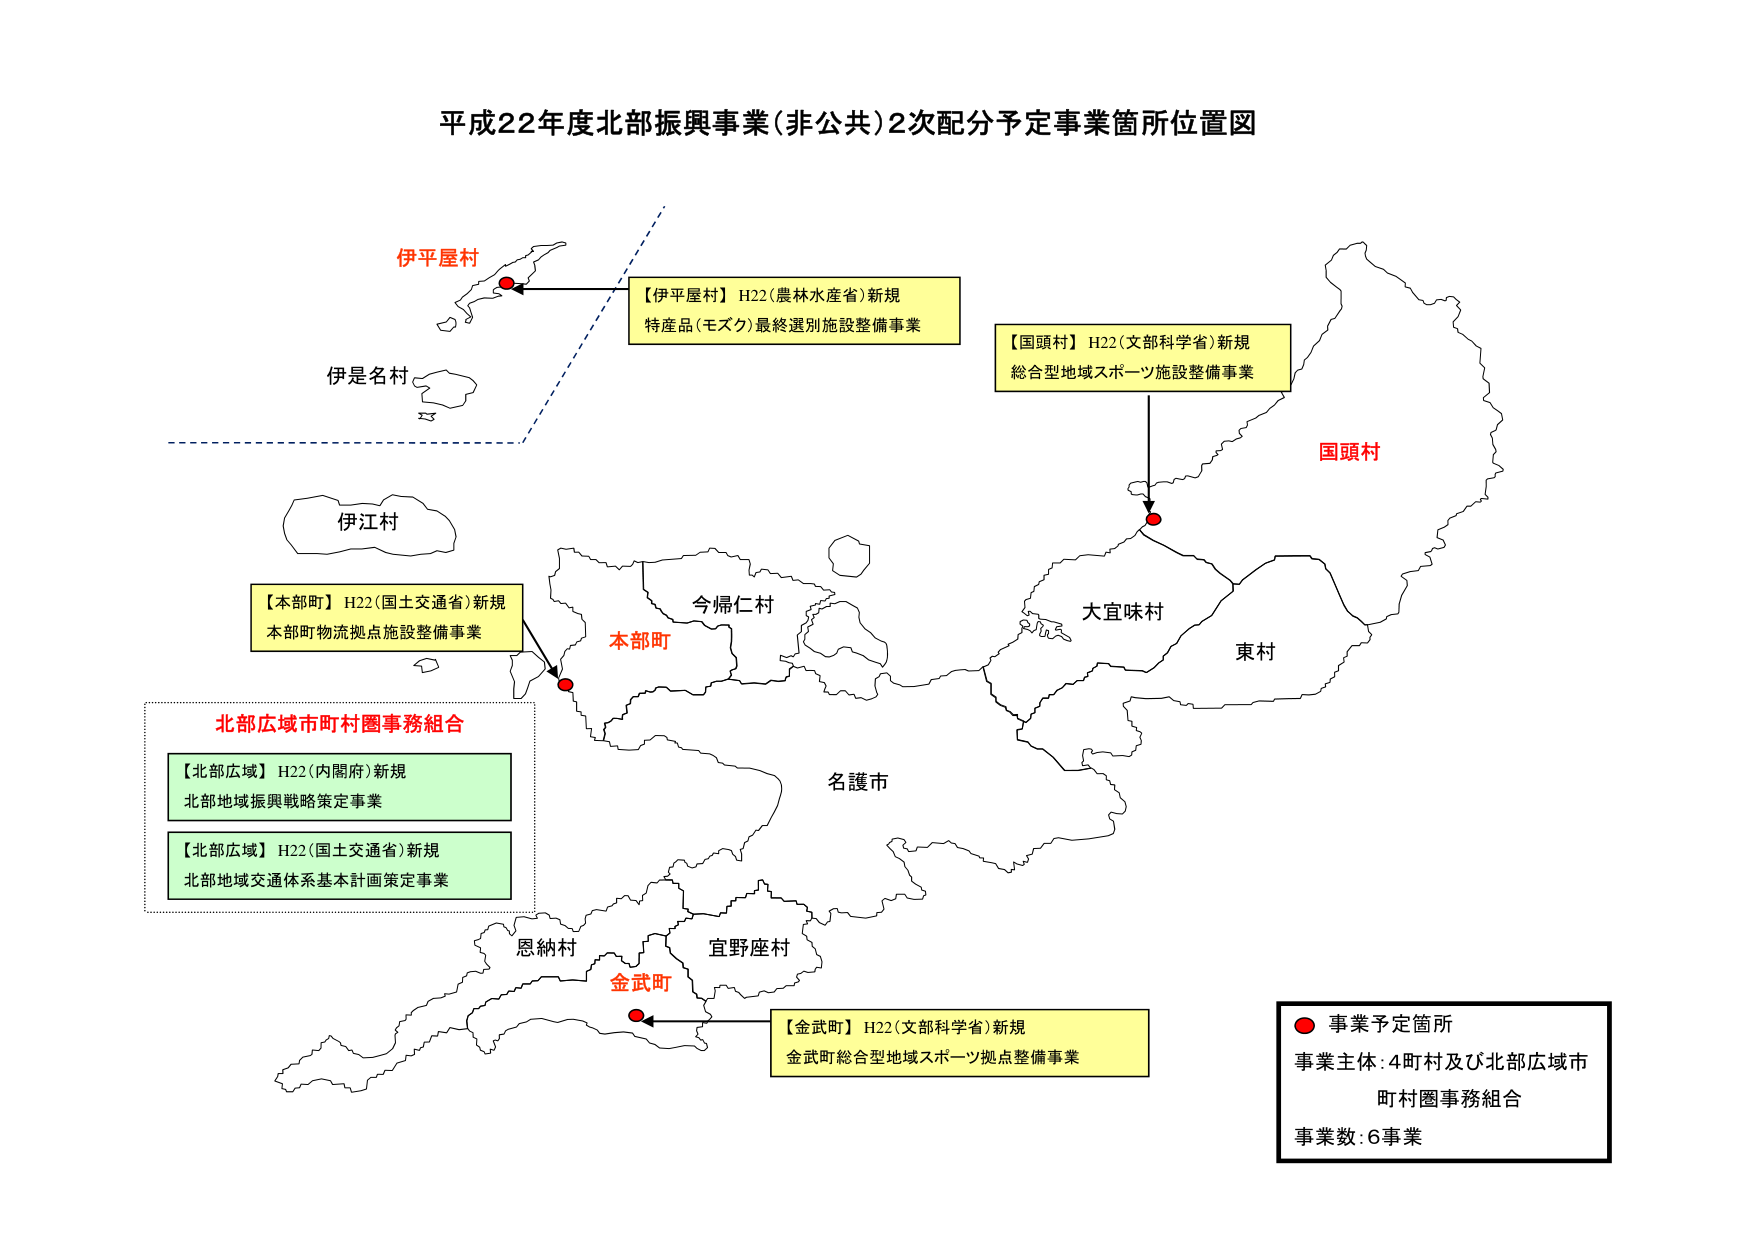
平成22年度北部振興事業(非公共)2次配分予定事業箇所位置図

伊平屋村
伊是名村
伊江村
今帰仁村
本部町
大宜味村
東村
名護市
恩納村
宜野座村
金武町
国頭村

【伊平屋村】H22(農林水産省)新規
特産品(モズク)最終選別施設整備事業

【国頭村】H22(文部科学省)新規
総合型地域スポーツ施設整備事業

【本部町】H22(国土交通省)新規
本部町物流拠点施設整備事業

北部広域市町村圏事務組合
【北部広域】H22(内閣府)新規
北部地域振興戦略策定事業
【北部広域】H22(国土交通省)新規
北部地域交通体系基本計画策定事業

【金武町】H22(文部科学省)新規
金武町総合型地域スポーツ拠点整備事業

● 事業予定箇所
事業主体:4町村及び北部広域市
町村圏事務組合
事業数:6事業